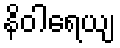
နိဝါရေယျ